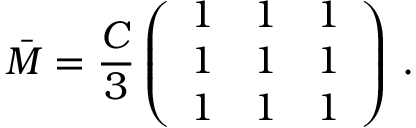
\bar { M } = \frac { C } { 3 } \left( \begin{array} { c c c } { { 1 } } & { { 1 } } & { { 1 } } \\ { { 1 } } & { { 1 } } & { { 1 } } \\ { { 1 } } & { { 1 } } & { { 1 } } \end{array} \right) \, .